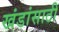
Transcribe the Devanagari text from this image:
खंडांसाठी